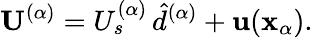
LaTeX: \mathbf{U}^{(\alpha)}=U_{s}^{(\alpha)}\, \hat{d}^{(\alpha)}+\mathbf{u}(\mathbf{x}_{\alpha}).